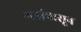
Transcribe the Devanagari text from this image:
गडांपासून